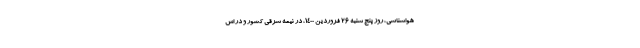
هواشناسی، روز پنج شنبه ۲۶ فروردین ۱۴۰۰، در نیمه شرقی کشور و در اس